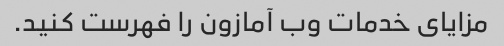
مزایای خدمات وب آمازون را فهرست کنید.